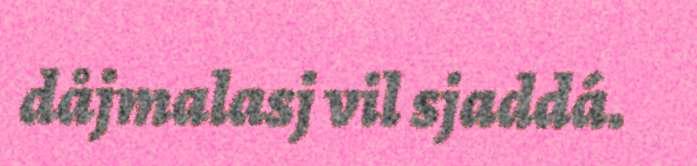
dåjmalasj vil sjaddá.